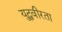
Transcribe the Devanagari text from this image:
युद्धवीरता